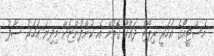
އެސްޓީއޯގެ އަހަރީ ރިޕޯޓް ދައްކާ ގޮތުން އެ ކުންފުންޏަށް މިދިޔަ އަހަރު ސާފު